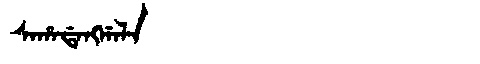
Manchu: ᠰᠠᡥᠠᡩᠠᠩᡤᠠᠯᠠ
Romanization: SAHADANGGALA